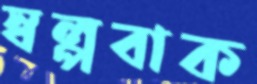
স্বল্পবাক